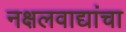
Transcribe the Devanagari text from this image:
नक्षलवाद्यांचा